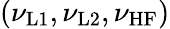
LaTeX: (\nu_{\mathrm{L1}},\nu_{\mathrm{L2}},\nu_{\mathrm{HF}})